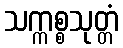
သက္ကစ္စသုတ္တံ